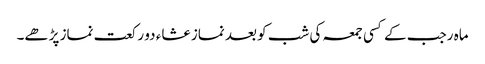
ماہ رجب کے کسی جمعہ کی شب کو بعد نماز عشاء دو رکعت نماز پڑھے۔